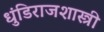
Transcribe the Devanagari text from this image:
धुंडिराजशास्त्री